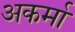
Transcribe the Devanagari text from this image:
अकर्मा